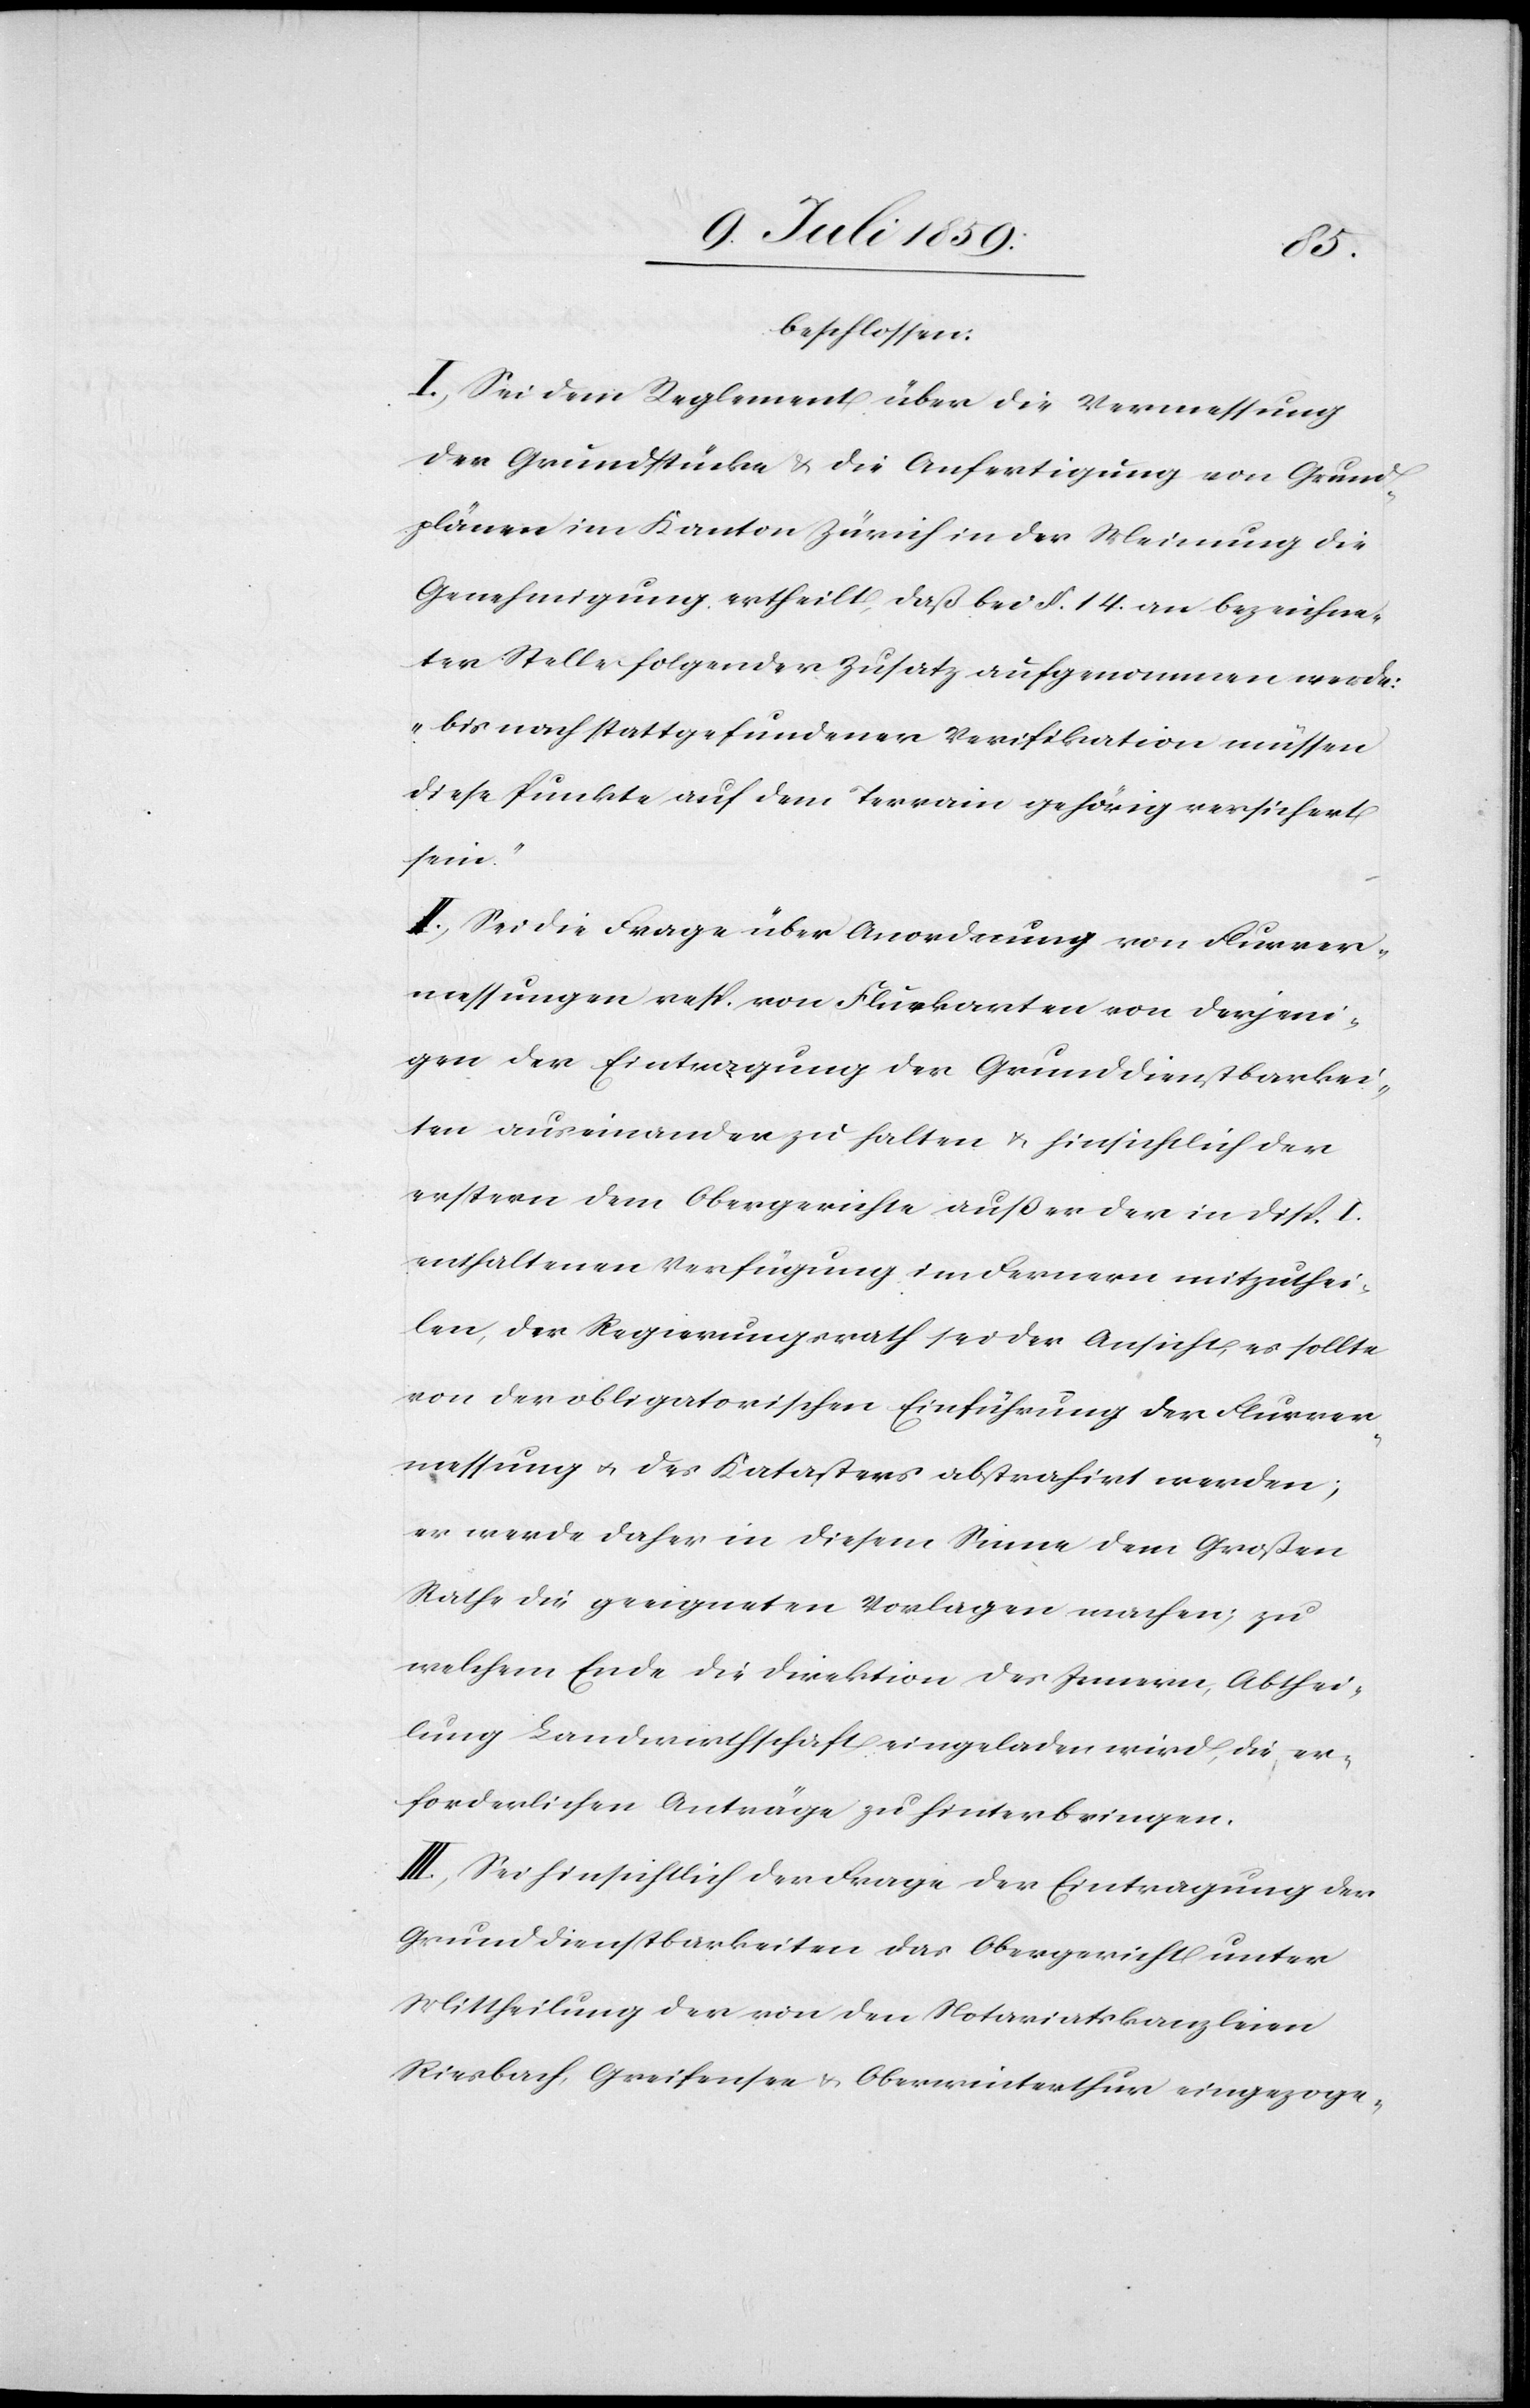
beschlossen:
I. Sei dem Reglement über die Vermessung
der Grundstücke u. die Anfertigung von Grund¬
plänen im Kanton Zürich in der Meinung die
Genehmigung ertheilt, daß bei § 14. an bezeichne¬
ter Stelle folgender Zusatz aufgenommen werde:
„bis nach stattgefundener Verifikation müssen
diese Punkte auf dem Terrain gehörig versichert
sein.“
II. Sei die Frage über Anordnung von Flurver¬
messungen resp. von Flurkarten von derjeni¬
gen der Eintragung der Grunddienstbarkei¬
ten auseinander zu halten u. hinsichtlich der
erstern dem Obergerichte außer der in Disp. I.
enthaltenen Verfügung im Fernern mitzuthei¬
len, der Regierungsrath sei der Ansicht, es sollte
von der obligatorischen Einführung der Flurver¬
messung u. des Katasters abstrahirt werden;
er werde daher in diesem Sinne dem Großen
Rathe die geeigneten Vorlagen machen; zu
welchem Ende die Direktion des Innern, Abthei¬
lung Landwirtschaft eingeladen wird, die er¬
forderlichen Anträge zu hinterbringen.
III. Sei hinsichtlich der Frage der Eintragung der
Riesbach, Greifensee u. Oberwinterthur eingezoge-